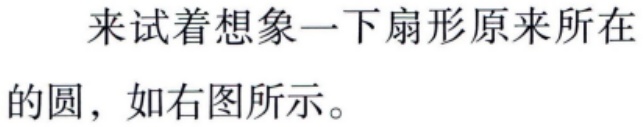
来试着想象一下扇形原来所在的圆，如右图所示。